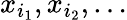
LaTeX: x_{i_{1}},x_{i_{2}},\ldots